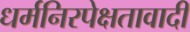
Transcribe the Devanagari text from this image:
धर्मनिरपेक्षतावादी